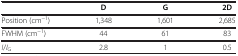
<table><thead><tr><td><b> </b></td><td><b>D</b></td><td><b>G</b></td><td><b>2D</b></td></tr></thead><tbody><tr><td>Position (cm<sup>−1</sup>)</td><td>1,348</td><td>1,601</td><td>2,685</td></tr><tr><td>FWHM (cm<sup>−1</sup>)</td><td>44</td><td>61</td><td>83</td></tr><tr><td><i>I</i>/<i>I</i><sub>G</sub></td><td>2.8</td><td>1</td><td>0.5</td></tr></tbody></table>